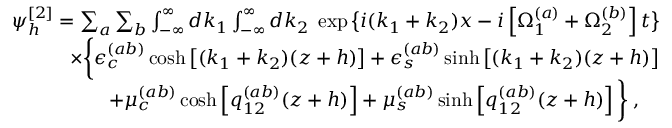
\begin{array} { r l r } & { } & { \psi _ { h } ^ { [ 2 ] } = \sum _ { a } \sum _ { b } \int _ { - \infty } ^ { \infty } d k _ { 1 } \int _ { - \infty } ^ { \infty } d k _ { 2 } \; \exp \big \{ i ( k _ { 1 } + k _ { 2 } ) x - i \left[ \Omega _ { 1 } ^ { ( a ) } + \Omega _ { 2 } ^ { ( b ) } \right] t \big \} } \\ & { } & { \times \bigg \{ \epsilon _ { c } ^ { ( a b ) } \cosh \left[ ( k _ { 1 } + k _ { 2 } ) ( z + h ) \right] + \epsilon _ { s } ^ { ( a b ) } \sinh \left[ ( k _ { 1 } + k _ { 2 } ) ( z + h ) \right] } \\ & { } & { \; \; + \mu _ { c } ^ { ( a b ) } \cosh \left[ q _ { 1 2 } ^ { ( a b ) } ( z + h ) \right] + \mu _ { s } ^ { ( a b ) } \sinh \left[ q _ { 1 2 } ^ { ( a b ) } ( z + h ) \right] \bigg \} \; , \quad } \end{array}